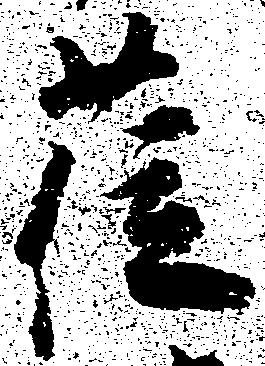
莅